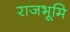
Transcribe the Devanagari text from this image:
राजभूमि